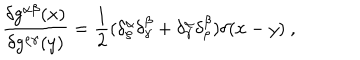
\frac { \delta g ^ { \alpha \beta } ( x ) } { \delta g ^ { \rho \gamma } ( y ) } = \frac { 1 } { 2 } ( \delta _ { \rho } ^ { \alpha } \delta _ { \gamma } ^ { \beta } + \delta _ { \gamma } ^ { \alpha } \delta _ { \rho } ^ { \beta } ) \delta ( x - y ) \ ,